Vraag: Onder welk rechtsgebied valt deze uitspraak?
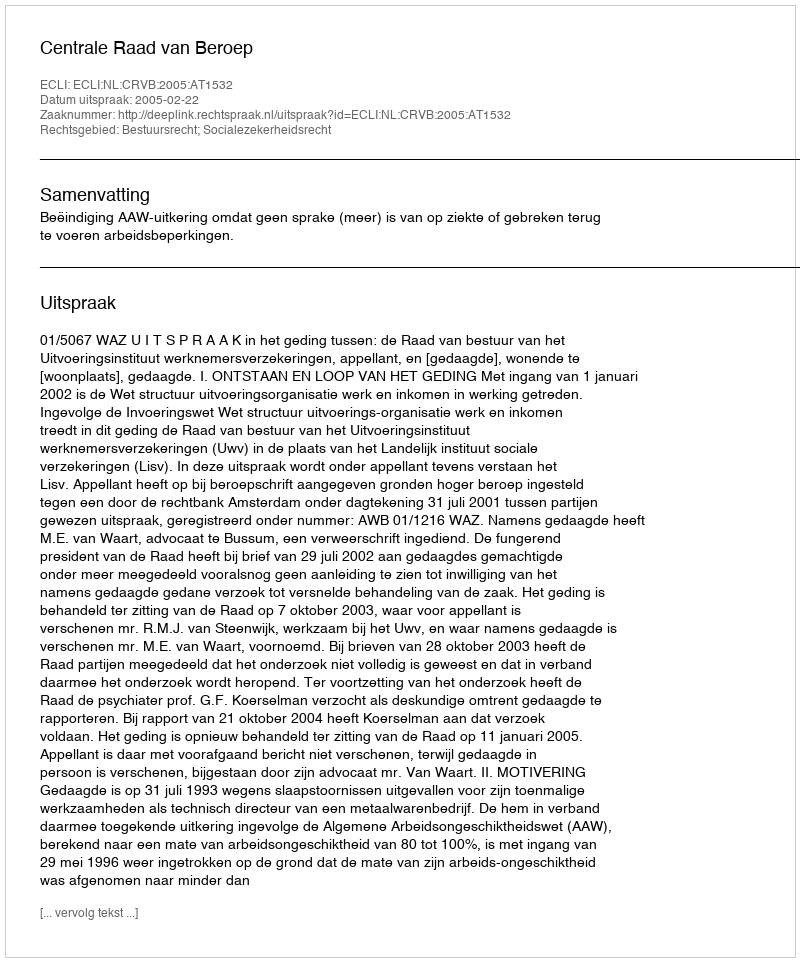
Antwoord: Bestuursrecht; Socialezekerheidsrecht